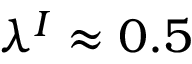
\lambda ^ { I } \approx 0 . 5